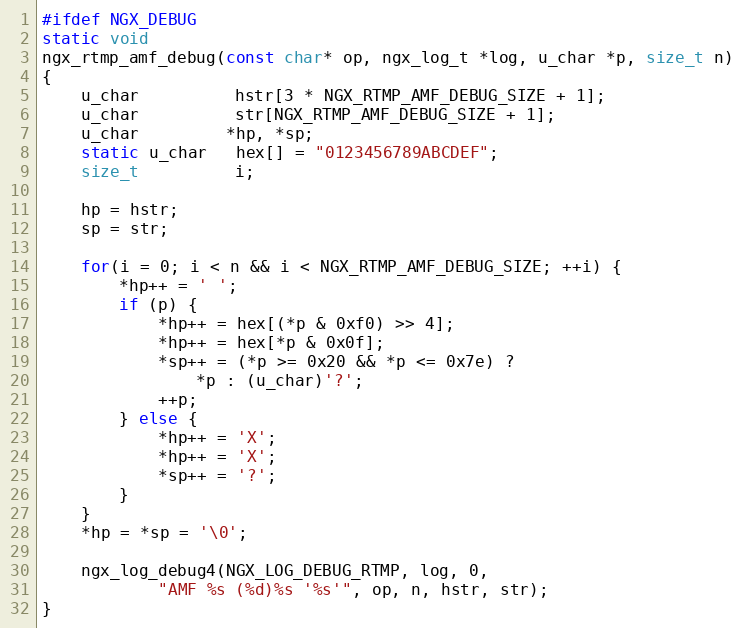
Language: C
#ifdef NGX_DEBUG
static void
ngx_rtmp_amf_debug(const char* op, ngx_log_t *log, u_char *p, size_t n)
{
    u_char          hstr[3 * NGX_RTMP_AMF_DEBUG_SIZE + 1];
    u_char          str[NGX_RTMP_AMF_DEBUG_SIZE + 1];
    u_char         *hp, *sp;
    static u_char   hex[] = "0123456789ABCDEF";
    size_t          i;

    hp = hstr;
    sp = str;

    for(i = 0; i < n && i < NGX_RTMP_AMF_DEBUG_SIZE; ++i) {
        *hp++ = ' ';
        if (p) {
            *hp++ = hex[(*p & 0xf0) >> 4];
            *hp++ = hex[*p & 0x0f];
            *sp++ = (*p >= 0x20 && *p <= 0x7e) ?
                *p : (u_char)'?';
            ++p;
        } else {
            *hp++ = 'X';
            *hp++ = 'X';
            *sp++ = '?';
        }
    }
    *hp = *sp = '\0';

    ngx_log_debug4(NGX_LOG_DEBUG_RTMP, log, 0,
            "AMF %s (%d)%s '%s'", op, n, hstr, str);
}